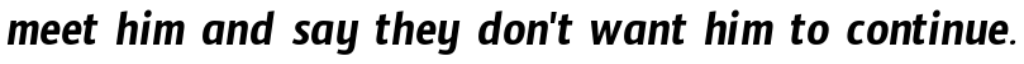
meet him and say they don't want him to continue.